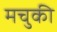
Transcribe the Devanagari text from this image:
मचुकी